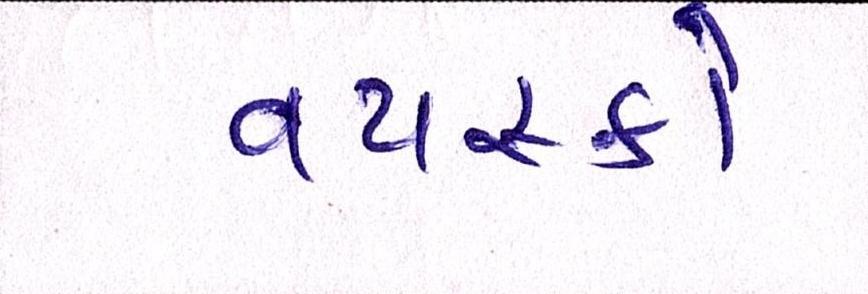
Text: વયસ્કો